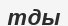
тды